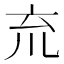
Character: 㐬